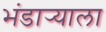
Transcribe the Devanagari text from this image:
भंडार्‍याला